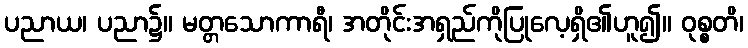
ပညာယ၊ ပညာ၌။ မတ္တသောကာရီ၊ အတိုင်းအရှည်ကိုပြုလေ့ရှိ၏ဟူ၍။ ဝုစ္စတိ၊